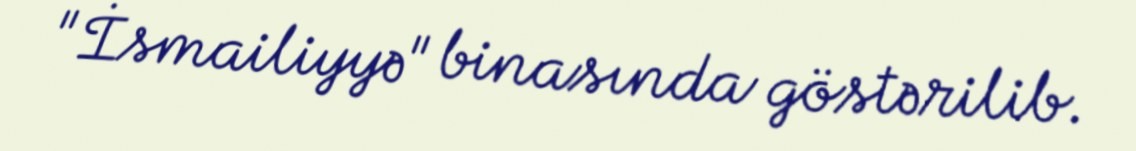
"İsmailiyyə" binasında göstərilib.